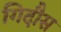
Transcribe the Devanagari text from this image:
गिदौस